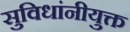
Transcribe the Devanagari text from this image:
सुविधांनीयुक्त